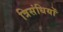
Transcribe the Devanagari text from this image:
त्रिसंधियों